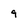
Character: 9